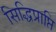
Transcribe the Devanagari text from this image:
सिद्धिप्राप्ति